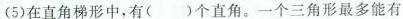
(5)在直角梯形中，有( )个直角。一个三角形最多能有